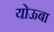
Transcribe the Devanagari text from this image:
योऊबा